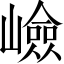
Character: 嶮